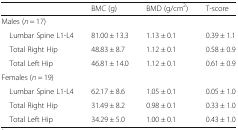
|  | BMC (g) | BMD (g/cm2) | T-score |
 | --- | --- | --- | --- |
 | <COLSPAN=4> Males (n = 17) |
 | Lumbar Spine L1-L4 | 81.00 ± 13.3 | 1.13 ± 0.1 | 0.39 ± 1.1 |
 | Total Right Hip | 48.83 ± 8.7 | 1.12 ± 0.1 | 0.58 ± 0.9 |
 | Total Left Hip | 46.81 ± 14.0 | 1.12 ± 0.1 | 0.61 ± 0.9 |
 | <COLSPAN=4> Females (n = 19) |
 | Lumbar Spine L1-L4 | 62.17 ± 8.6 | 1.05 ± 0.1 | 0.05 ± 1.0 |
 | Total Right Hip | 31.49 ± 8.2 | 0.98 ± 0.1 | 0.33 ± 1.0 |
 | Total Left Hip | 34.29 ± 5.0 | 1.00 ± 0.1 | 0.43 ± 1.0 |